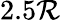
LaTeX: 2.5\mathcal{R}